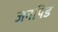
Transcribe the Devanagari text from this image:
जनपिंड